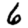
Digit: 6